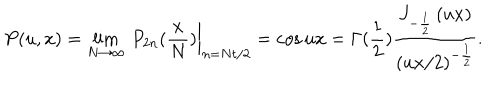
P ( u , x ) = \lim _ { N \rightarrow \infty } \left. \, P _ { 2 n } ( \frac { x } { N } ) \right| _ { n = N t / 2 } = \cos u x = \Gamma ( \frac 1 2 ) \frac { J _ { - \frac 1 2 } \left( u x \right) } { \left( u x / 2 \right) ^ { - \frac 1 2 } } .